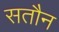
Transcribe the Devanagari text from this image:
सतौन